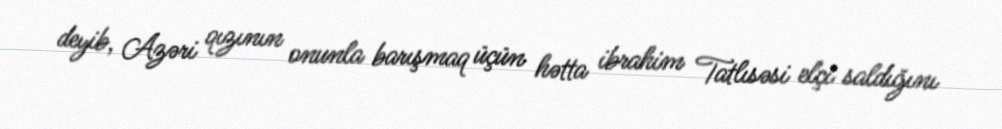
deyib, Azəri qızının onunla barışmaq üçün hətta ibrahim Tatlısəsi elçi saldığını